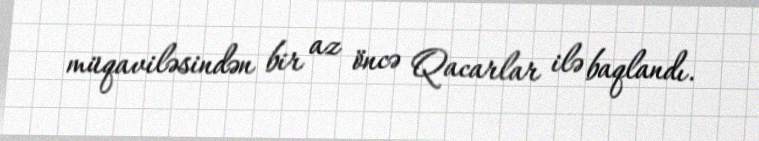
müqaviləsindən bir az öncə Qacarlar ilə baqlandı.